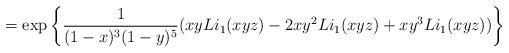
LaTeX: \begin{align*} = \exp\left\{ \frac{1}{(1-x)^3(1-y)^5} (xyLi_1(xyz)-2xy^2Li_1(xyz)+xy^3Li_1(xyz)) \right\}\end{align*}